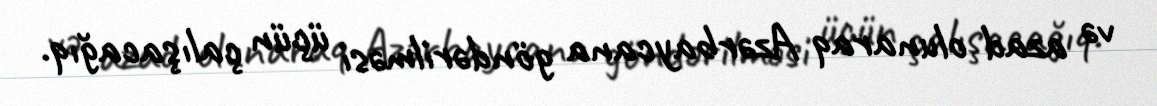
və azad olunaraq Azərbaycana göndərilməsi üçün çalışacağıq.